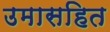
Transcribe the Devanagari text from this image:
उमासहित